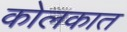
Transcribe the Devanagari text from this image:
कोलकात